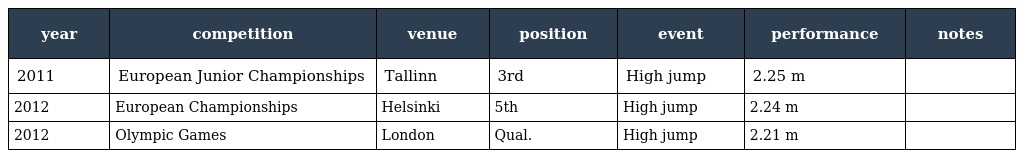
| year | competition | venue | position | event | performance | notes |
 | --- | --- | --- | --- | --- | --- | --- |
 | 2011 | European Junior Championships | Tallinn | 3rd | High jump | 2.25 m |  |
 | 2012 | European Championships | Helsinki | 5th | High jump | 2.24 m |  |
 | 2012 | Olympic Games | London | Qual. | High jump | 2.21 m |  |